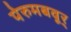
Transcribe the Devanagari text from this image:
पेरुमबवूर्